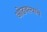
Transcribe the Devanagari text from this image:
ओढवल्याचे